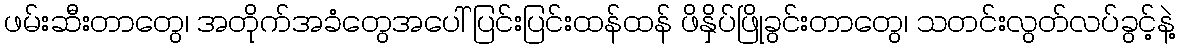
ဖမ်းဆီးတာတွေ၊ အတိုက်အခံတွေအပေါ် ပြင်းပြင်းထန်ထန် ဖိနှိပ်ဖြိုခွင်းတာတွေ၊ သတင်းလွတ်လပ်ခွင့်နဲ့